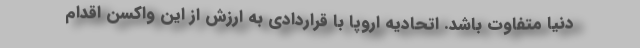
دنیا متفاوت باشد. اتحادیه اروپا با قراردادی به ارزش از این واکسن اقدام